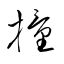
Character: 撞